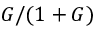
G / ( 1 + G )